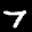
Label: 7